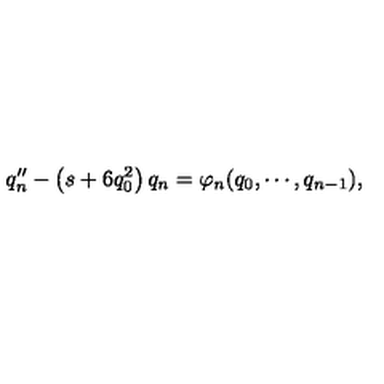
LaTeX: q _ { n } ^ { \prime \prime } - \left( s + 6 q _ { 0 } ^ { 2 } \right) q _ { n } = \varphi _ { n } ( q _ { 0 } , \cdots , q _ { n - 1 } ) ,